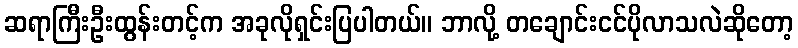
ဆရာကြီးဦးထွန်းတင့်က အခုလိုရှင်းပြပါတယ်။ ဘာလို့ တချောင်းငင်ပိုလာသလဲဆိုတော့